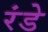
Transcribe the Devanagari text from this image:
रंडे